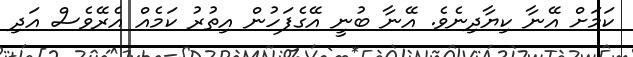
ކަމަށް އޭނާ ކިޔާދިނެވެ. އޭނާ ބުނީ އޭގެފަހުން އިތުރު ކަމެއް އެރޭވެސް އަދި